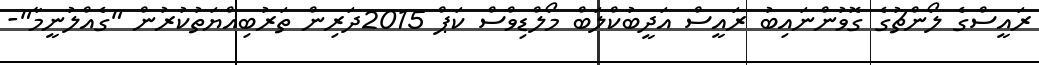
ރައީސްގެ ލޯންޗުގެ ގޮވުންނައިބު ރައީސް އަދީބުކްލަބް މޯލްޑިވްސް ކަޕް 2015ދަރިން ތަރުބިއްޔަތުކުރުން "ގެއްލުނީމާ"-